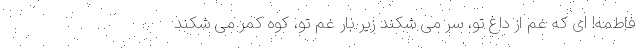
فاطمه! ای که غم از داغ تو، سر می شکند زیر بار غم تو، کوه کمر می شکند